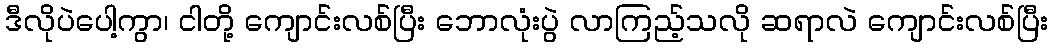
ဒီလိုပဲပေါ့ကွာ၊ ငါတို့ ကျောင်းလစ်ပြီး ဘောလုံးပွဲ လာကြည့်သလို ဆရာလဲ ကျောင်းလစ်ပြီး